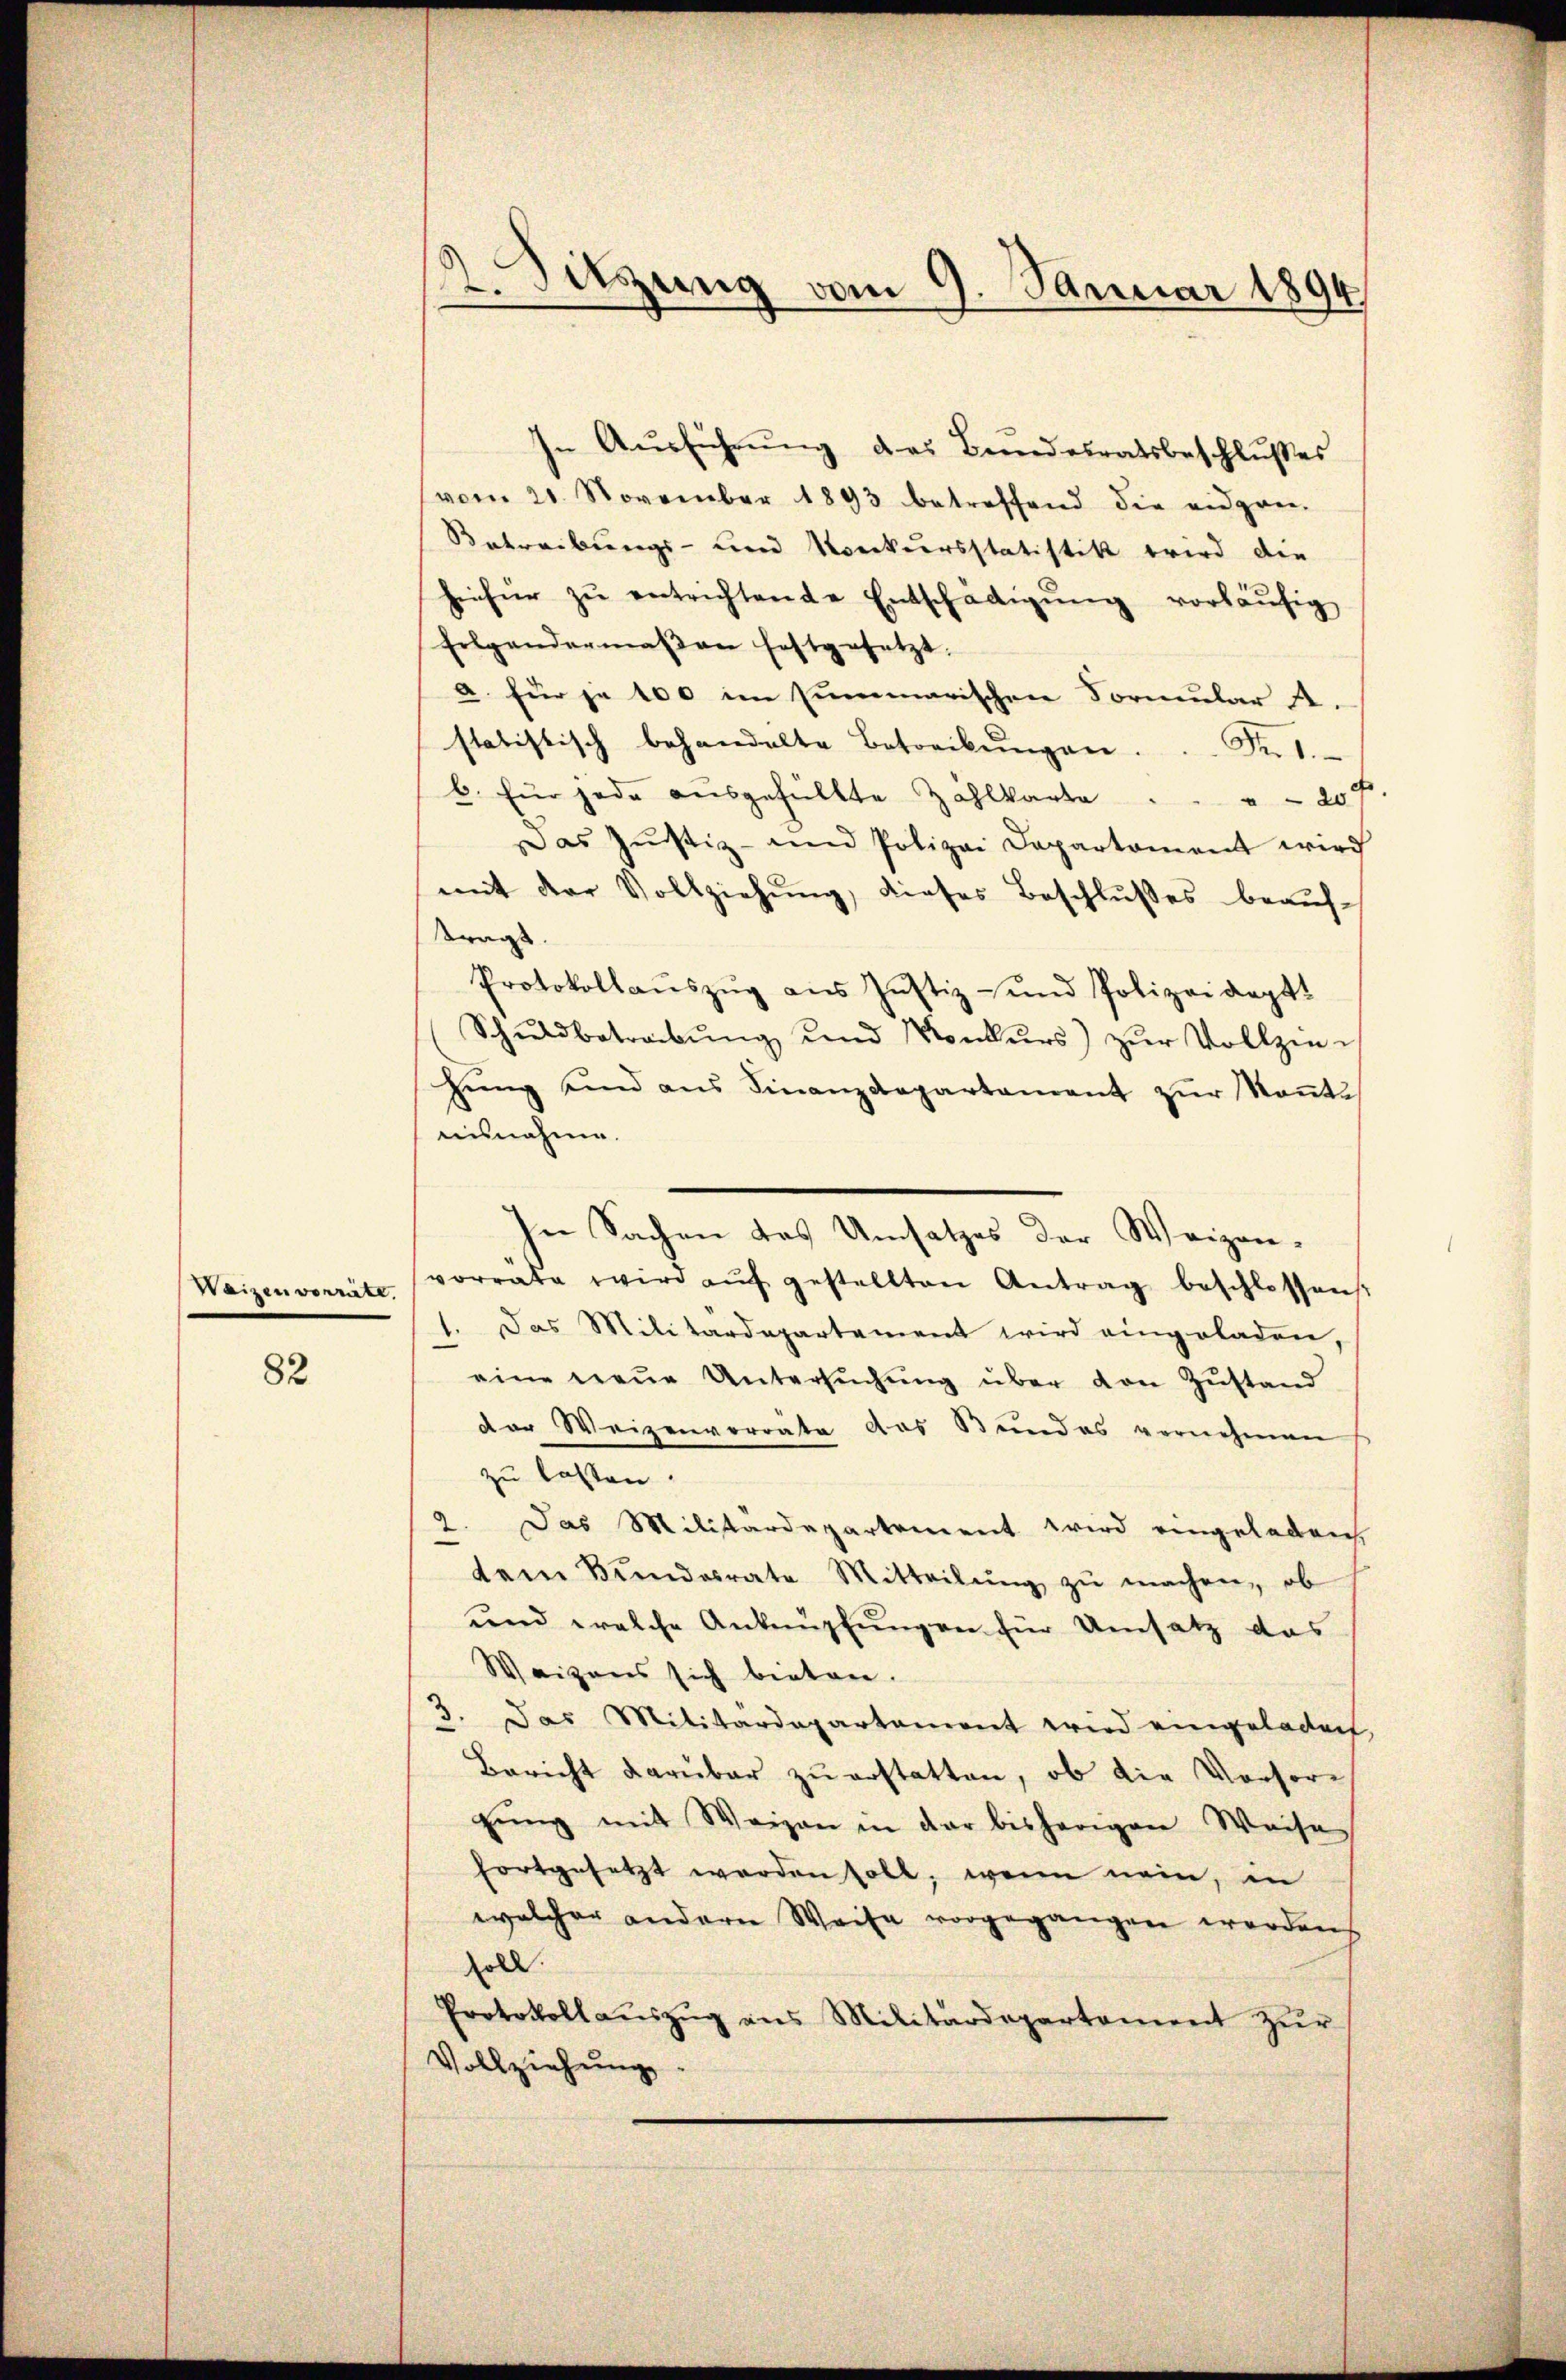
82

Waizen vorräte.

2. Sitzung vom 9. Januar 1894

In Ausführŭng das Bundesratsbeschlußes
vom 21. November 1893 betreffend die eidgan-
Betreibungs- und Konkursstatistik wird die
hieher zŭ entrichtende Entschädigŭng vorläŭfig
Erlgandermaβen festgesetzt.
a. für je 100 im summarischen Formular A.
statistisch behandelte Betreibŭngen. ..  Sut
b. für jede ausgefüllte Zahlkarte
204.
Das Jŭstiz- und Polizei Departament wird
mit der Vollziehung, dieses Beschlußes beauf-
tragt.
Protokollaŭszŭg ans Justiz- und Polizeidept.
Schuldbetreibŭng und Konkŭrs) zŭr Vollzie-
hŭng und aŭs Finanzdepartament zŭr Keṅte
nisnahme.
In Sachen das Umsatzes der Weigen-
vorrate wird aŭf gestellten Antrag beschlossen
1. Das Militärdepartement wird eingeladen,
eine neŭe Untersŭchŭng über von Zŭstand
der Weizenvorrate das Stundes vernehmen
zu lassen.
2. Das Militärdepartement wird eingeladen
tem Bŭndesrate Mitteilŭng zŭ machen, ob
und welche Anknüpfungen für Umsatz das
Weizens sich bieten.
3. Das Militärdepartament wird eingeladen.
Bericht darüber zŭ erstatten, ob die Vorsorgŭng mit Weigen in der bisherigen Weise
fortgesetzt werden soll, wenn nein, in
welcher andern Weise vorgegangen werden
soll.
Protokoll aŭszŭg ans Militärdepartement zŭr
Vollziehung